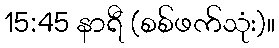
15:45 နာရီ (စစ်ဖက်သုံး)။